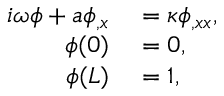
\begin{array} { r l } { i \omega \phi + a \phi _ { , x } } & { { } = \kappa \phi _ { , x x } , } \\ { \phi ( 0 ) } & { { } = 0 , } \\ { \phi ( L ) } & { { } = 1 , } \end{array}